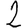
Digit: 2